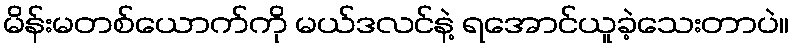
မိန်းမတစ်ယောက်ကို မယ်ဒလင်နဲ့ ရအောင်ယူခဲ့သေးတာပဲ။